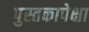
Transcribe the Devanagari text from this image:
पुस्तकापेक्षा